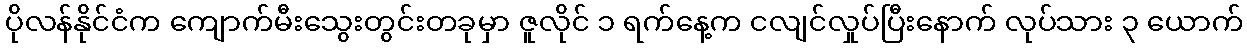
ပိုလန်နိုင်ငံက ကျောက်မီးသွေးတွင်းတခုမှာ ဇူလိုင် ၁ ရက်နေ့က ငလျင်လှုပ်ပြီးနောက် လုပ်သား ၃ ယောက်